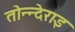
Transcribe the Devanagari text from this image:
तोन्न्देराइ